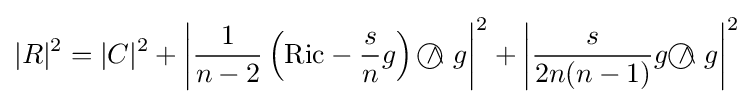
|R|^{2}=|C|^{2}+\left|{\frac {1}{n-2}}\left(\mathrm {Ric} -{\frac {s}{n}}g\right){~\wedge \!\!\!\!\!\!\!\!\;\bigcirc ~}g\right|^{2}+\left|{\frac {s}{2n(n-1)}}g{~\wedge \!\!\!\!\!\!\!\!\;\bigcirc ~}g\right|^{2}